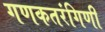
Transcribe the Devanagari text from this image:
गणकतरंगिणी